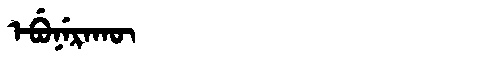
Manchu: ᡝᠪᡠᠨᡝᡵᠠᡴᡡ
Romanization: EBUNERAKŪ